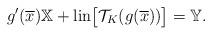
LaTeX: \begin{align*} g'(\overline{x})\mathbb{X}+{\rm lin}\big[\mathcal{T}_{K}(g(\overline{x}))\big] =\mathbb{Y}. \end{align*}